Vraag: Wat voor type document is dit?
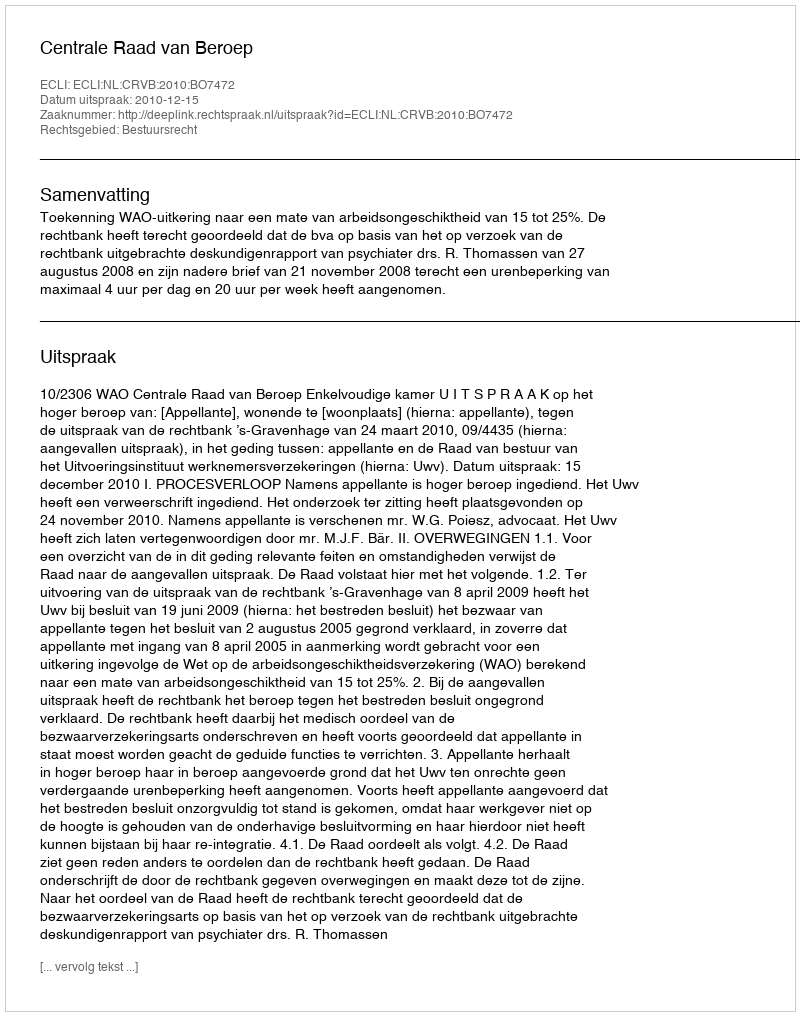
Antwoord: Uitspraak